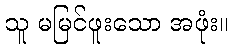
သူ မမြင်ဖူးသော အဖုံး။